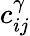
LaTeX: c_{ij}^{\gamma}